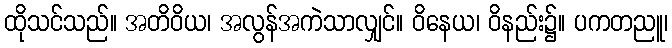
ထိုသင်သည်။ အတိဝိယ၊ အလွန်အကဲသာလျှင်။ ဝိနေယ၊ ဝိနည်း၌။ ပကတညူ၊